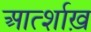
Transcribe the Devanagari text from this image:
आर्त्शाख़